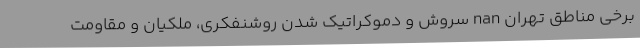
برخی مناطق تهران nan سروش و دموکراتیک شدن روشنفکری، ملکیان و مقاومت